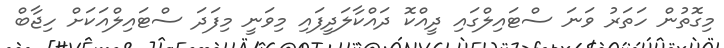
މިގޮތުން ހަތަރު ވަނަ ސްޓައިލްގައި ދީއްކޮ ދައްކާލަދީފައި މިވަނީ މިފަދަ ސްޓައިލްއަކަށް ހިޖާބް